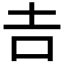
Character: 𠮷